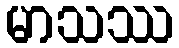
မာသဿ